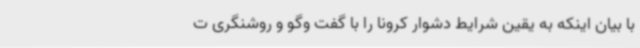
با بیان اینکه به یقین شرایط دشوار کرونا را با گفت وگو و روشنگری ت